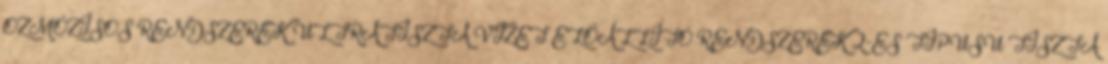
OZMÓZISOS RENDSZEREK ULTRATISZTA VIZET ELŐÁLLÍTÓ RENDSZEREK 2-ES TÍPUSÚ TISZTA